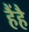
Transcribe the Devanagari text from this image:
हैंहै